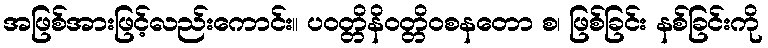
အဖြစ်အားဖြင့်လည်းကောင်း။ ပဝတ္တိနိဝတ္တိဝစနတော စ၊ ဖြစ်ခြင်း နစ်ခြင်းကို